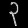
Digit: ၃